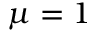
\mu = 1